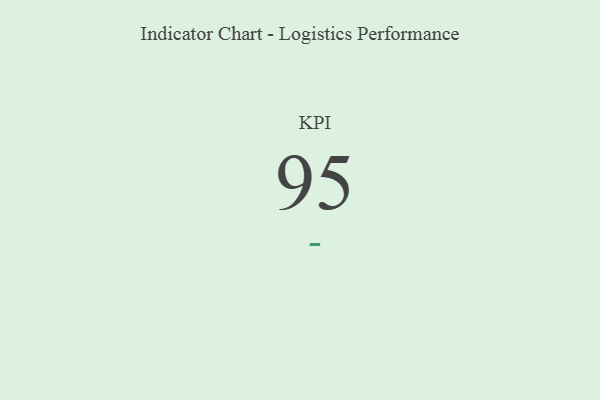
{"axis": {"x": "KPI", "y": "Value"}, "legend": [""], "data": [{"x": "KPI", "y": 95, "type": ""}]}